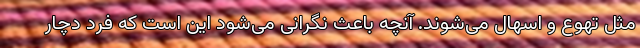
مثل تهوع و اسهال می‌شوند. آنچه باعث نگرانی می‌شود این است که فرد دچار